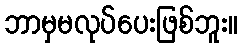
ဘာမှမလုပ်ပေးဖြစ်ဘူး။